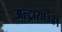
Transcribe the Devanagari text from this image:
अल्ट्रासाउंड।